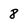
Character: 8